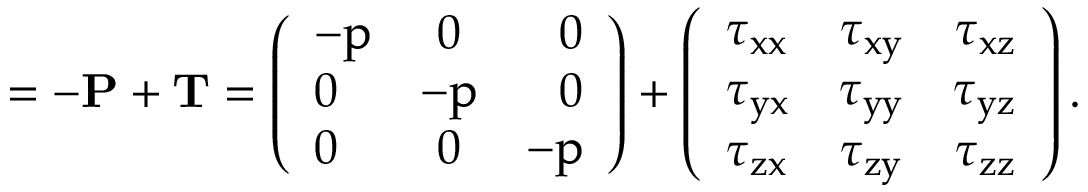
\bf \Pi = - \bf P + \bf T = \left( \begin{array} { l c r } { - p } & { 0 } & { 0 } \\ { 0 } & { - p } & { 0 } \\ { 0 } & { 0 } & { - p } \end{array} \right) + \left( \begin{array} { l c r } { \tau _ { x x } } & { \tau _ { x y } } & { \tau _ { x z } } \\ { \tau _ { y x } } & { \tau _ { y y } } & { \tau _ { y z } } \\ { \tau _ { z x } } & { \tau _ { z y } } & { \tau _ { z z } } \end{array} \right) .